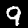
Digit: 9